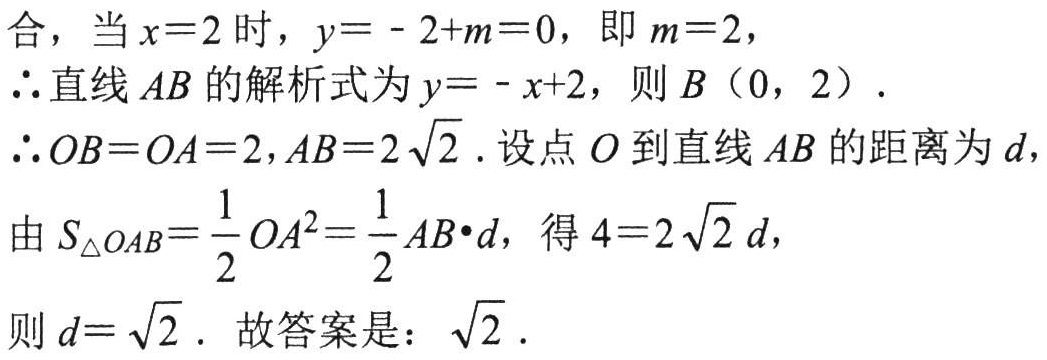
合，当\(x = 2\)时，\(y=-2 + m = 0\)，即\(m = 2\)，

\(\therefore\)直线\(AB\)的解析式为\(y=-x + 2\)，则\(B(0,2)\)．

\(\therefore OB = OA = 2,AB = 2\sqrt{2}\)．设点\(O\)到直线\(AB\)的距离为\(d\)，

由\(S_{\triangle OAB}=\frac{1}{2}OA^{2}=\frac{1}{2}AB\cdot d\)，得\(4 = 2\sqrt{2}d\)，

则\(d = \sqrt{2}\)．故答案是：\(\sqrt{2}\)．